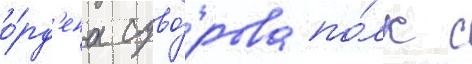
о́рд'ена суво́рова по́лк с